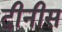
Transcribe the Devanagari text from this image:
दीनीस